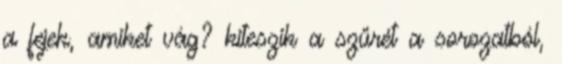
a fejek, amiket vág? kiteszik a szűrét a sorozatból,